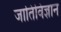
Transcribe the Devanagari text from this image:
जातिविज्ञान